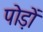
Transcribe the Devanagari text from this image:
पोड़ों